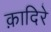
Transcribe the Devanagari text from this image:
क़ादिरे